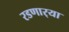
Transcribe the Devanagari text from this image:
रडणार्‍या